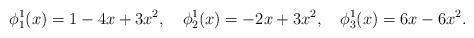
LaTeX: \begin{align*} \phi^1_1(x)=1-4x+3x^2,\quad\phi^1_2(x)=-2x+3x^2,\quad\phi^1_3(x)=6x-6x^2.\end{align*}